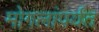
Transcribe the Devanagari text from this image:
मोगलांपर्यंत